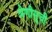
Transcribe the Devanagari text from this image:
श्रेणीसूची